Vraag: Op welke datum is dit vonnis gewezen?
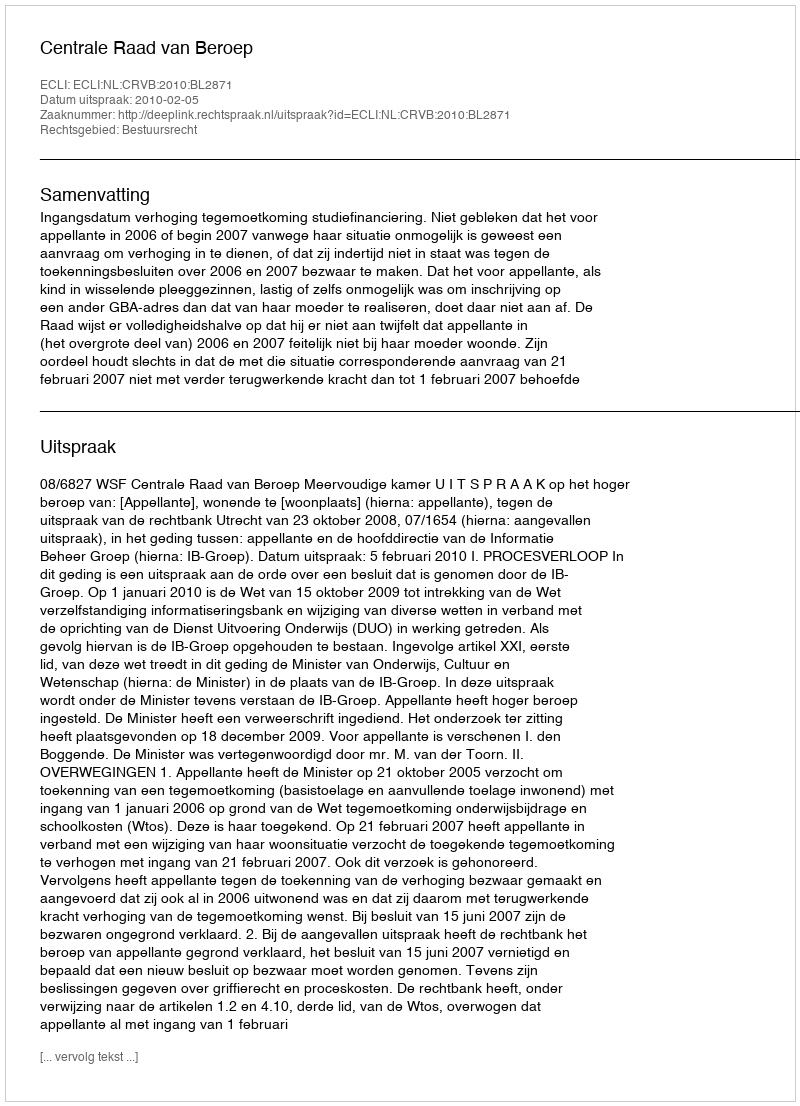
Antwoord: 2010-02-05